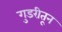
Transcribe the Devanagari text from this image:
गुडरीतून